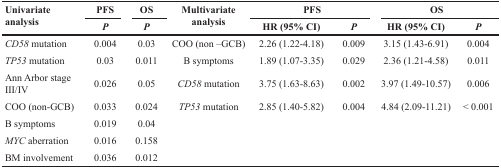
<table><thead><tr><td rowspan="2"><b>Univariate analysis</b></td><td><b>PFS</b></td><td><b>OS</b></td><td rowspan="2"><b>Multivariate analysis</b></td><td colspan="2"><b>PFS</b></td><td colspan="2"><b>OS</b></td></tr><tr><td><b><i>P</i></b></td><td><b><i>P</i></b></td><td><b>HR (95% CI)</b></td><td><b><i>P</i></b></td><td><b>HR (95% CI)</b></td><td><b><i>P</i></b></td></tr></thead><tbody><tr><td><i>CD58</i> mutation</td><td>0.004</td><td>0.03</td><td>COO (non –GCB)</td><td>2.26 (1.22-4.18)</td><td>0.009</td><td>3.15 (1.43-6.91)</td><td>0.004</td></tr><tr><td><i>TP53</i> mutation</td><td>0.03</td><td>0.011</td><td>B symptoms</td><td>1.89 (1.07-3.35)</td><td>0.029</td><td>2.36 (1.21-4.58)</td><td>0.011</td></tr><tr><td>Ann Arbor stage III/IV</td><td>0.026</td><td>0.05</td><td><i>CD58</i> mutation</td><td>3.75 (1.63-8.63)</td><td>0.002</td><td>3.97 (1.49-10.57)</td><td>0.006</td></tr><tr><td>COO (non-GCB)</td><td>0.033</td><td>0.024</td><td><i>TP53</i> mutation</td><td>2.85 (1.40-5.82)</td><td>0.004</td><td>4.84 (2.09-11.21)</td><td>&lt; 0.001</td></tr><tr><td>B symptoms</td><td>0.019</td><td>0.04</td><td></td><td></td><td></td><td></td><td></td></tr><tr><td><i>MYC</i> aberration</td><td>0.016</td><td>0.158</td><td></td><td></td><td></td><td></td><td></td></tr><tr><td>BM involvement</td><td>0.036</td><td>0.012</td><td></td><td></td><td></td><td></td><td></td></tr></tbody></table>